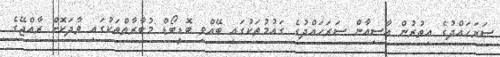
ސަރަހައްދުގެ އިތުރުން އާސިއާން ސަރަހައްދުގެ ގައުމުތަކުގައި ބޭއްވި ބޮޑީބޯޑް މުބާރާތްތަކުގައި ވާދަކޮށް ރާއްޖޭގެ